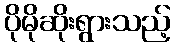
ပိုမိုဆိုးရွားသည့်